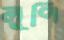
লুপি